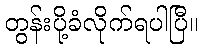
တွန်းပို့ခံလိုက်ရပါပြီ။